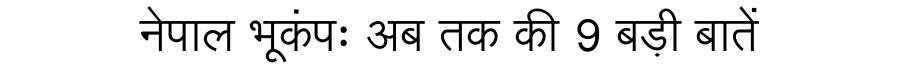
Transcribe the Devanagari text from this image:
नेपाल भूकंपः अब तक की 9 बड़ी बातें